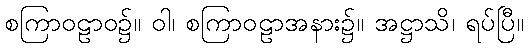
စကြာဝဠာဝ၌။ ဝါ၊ စကြာဝဠာအနား၌။ အဋ္ဌာသိ၊ ရပ်ပြီ။